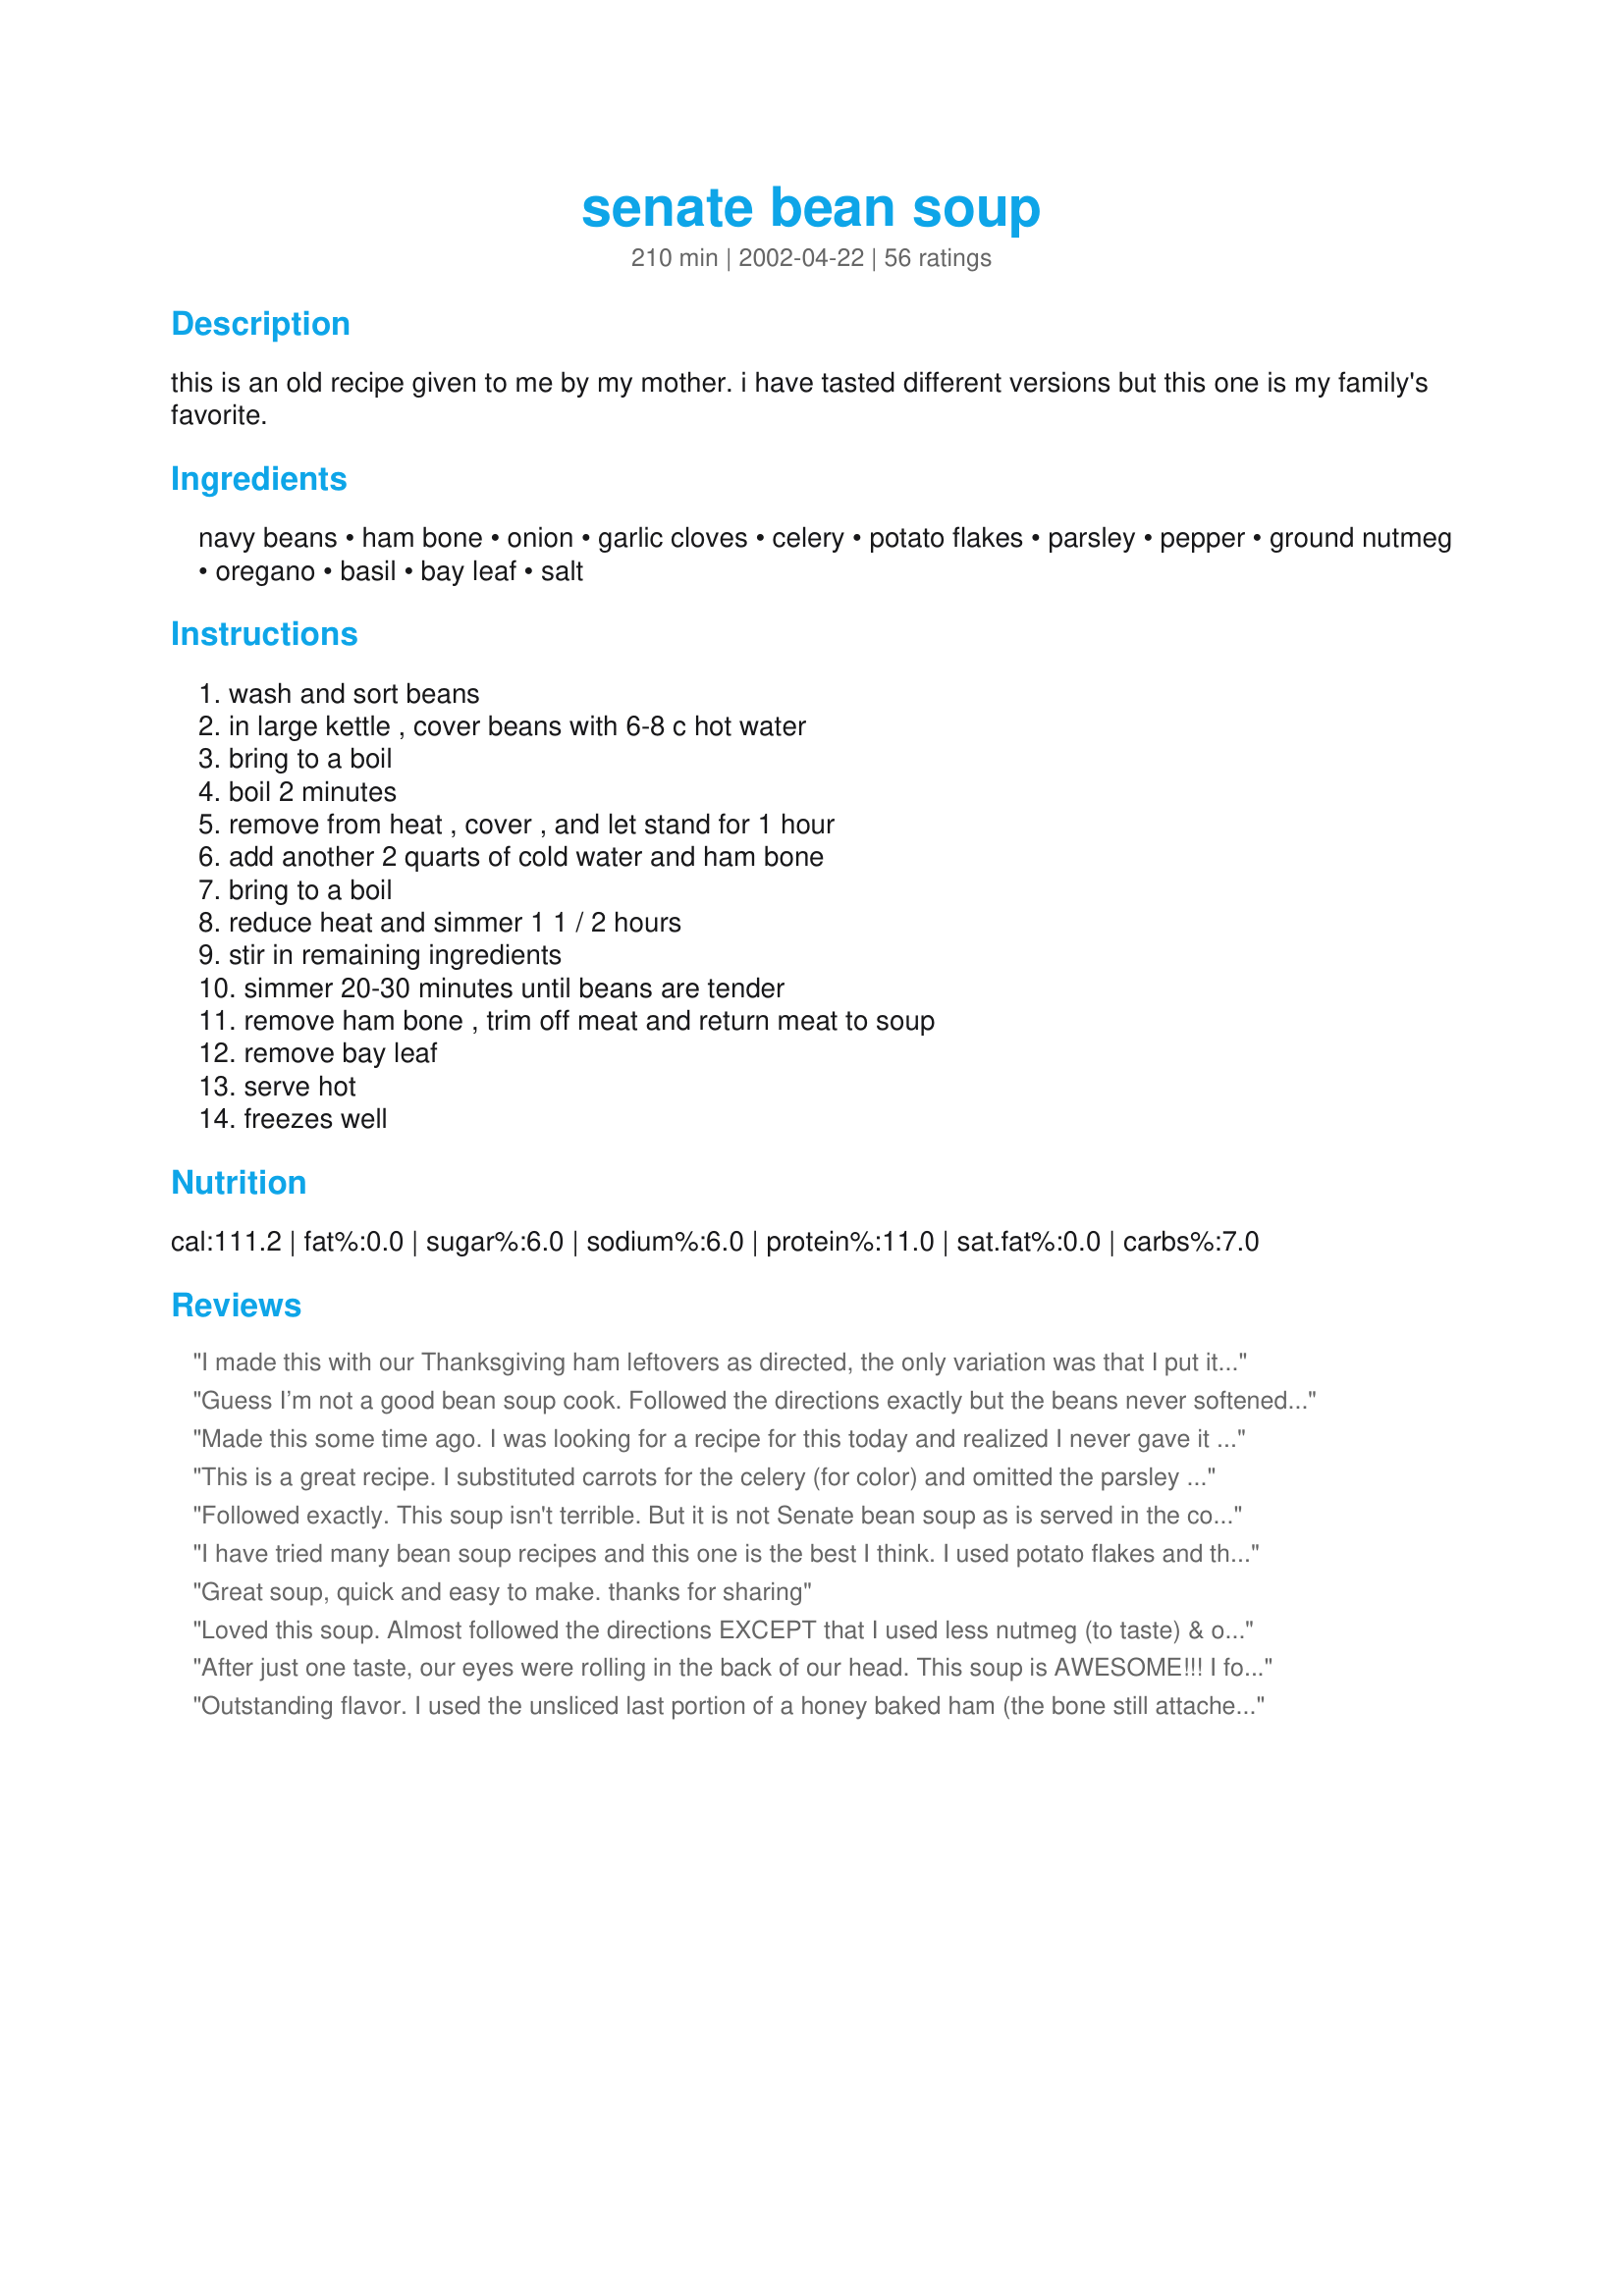
senate bean soup
Preparation time: 210 minutes

this is an old recipe given to me by my mother. i have tasted different versions but this one is my family's favorite.

Ingredients:
navy beans, ham bone, onion, garlic cloves, celery, potato flakes, parsley, pepper, ground nutmeg, oregano, basil, bay leaf, salt

Steps:
wash and sort beans, in large kettle , cover beans with 6-8 c hot water, bring to a boil, boil 2 minutes, remove from heat , cover , and let stand for 1 hour, add another 2 quarts of cold water and ham bone, bring to a boil, reduce heat and simmer 1 1 / 2 hours, stir in remaining ingredients, simmer 20-30 minutes until beans are tender, remove ham bone , trim off meat and return meat to soup, remove bay leaf, serve hot, freezes well

Reviews:
I made this with our Thanksgiving ham leftovers as directed, the only variation was that I put it in the crockpot. Not sure as to why but this really didn't agree with our tastebuds, the soup itself wasn't bad...just not for us! Thanks for giving us another recipe to try!
Guess I’m not a good bean soup cook. Followed the directions exactly but the beans never softened enough. Slightly crunchy. Going to continue simmering for the rest of the day or until they soften. If that never happens i guess i’ll throw it all out.
Made this some time ago. I was looking for a recipe for this today and realized I never gave it it's due. Awesome soup and I am looking forward to using my left over Easter ham. Thanks for posting.
This is a great recipe. I substituted carrots for the celery (for color) and omitted the parsley and potato flakes. I also added cayenne pepper. If you mash some of the beans that should get it to the proper consistency. The house smells fantastic while this is cooking.
Followed exactly. This soup isn't terrible. But it is not Senate bean soup as is served in the congressional cafeteria every day. The spices are way off. I was disappointed.
I have tried many bean soup recipes and this one is the best I think. I used potato flakes and the result was a very creamy texture. The ham flavor made me drool. A top-notch comfort food for sure. Thanks Nurse Di.
Great soup, quick and easy to make. thanks for sharing
Loved this soup. Almost followed the directions EXCEPT that I used less nutmeg (to taste) & only used 1/2 c of the potato flakes... I suspect it might be wiser to use left over cooked potatoes. When everything was added (after the beans & ham simmered for 1 1/2 hours), the soup got VERY THICK immediately & required constant stirring until the veggies cooked to keep from sticking to the bottom of the pot. Next time I make this recipe if I'm using potato flakes, I'll WAIT to add the potato flakes until the last 5-10 minutes of simmer time at the very end. IMO this will allow the spices blend better/faster when adjusting the "salt & nutmeg to taste"... & spare the beans and veggies the stirring needed to keep from having sticking on the bottom of the pot.
After just one taste, our eyes were rolling in the back of our head. This soup is AWESOME!!! I followed your directions to a tee. I definitely agree, the secret is in the ham bone. The soup had such a soothing and comforting effect on both my husband and me. Thanks Nurse Di.
Outstanding flavor. I used the unsliced last portion of a honey baked ham (the bone still attached) which had a lot of meat,and I also used all fresh herbs. We like it just a little thicker, so next time will add a little less water in step 3. We're still enjoying the leftovers. Thanks for posting a great recipe!
I've never made bean soup because I don't care for it. My boss' husband gave me a huge grocery bag full of navy bean fresh off the combine, so I figured I would give it a shot. DH gave it a very enthusiastic 5 stars, saying it is better than his dad's bean soup (ssshhhh!!). His partner at work gave it 6 stars, saying it is even better than the Fairgrove Bean Festival soup (which is apparently a VERY big deal)! It made the house smell wonderful while it was cooking. I made exactly as directed, but added some extra diced ham. I even tried it and I must say it was pretty good! This recipe may just have made me a bean soup eater! Thanks for posting.
This was very good. Reminded me of my mom's altho she didn't use potatoes....I like the way they thickened the soup. Served this with some hot corn bread, and we were in southern heaven!
This is a keeper for sure! Used a meaty bone from our Easter ham.
Made exactly as the recipe specified with on small change...used great northern beans. We loved it. Thanks Di.
I've been making this soup for years and though the ingredients here differ slightly (from mine) it still yields a wonderfully flavored bean soup.
I thought this was terrible, maybe because I couldn&#039;t find a ham bone and just used diced ham, anyway I threw it all out, waste of money.
Very good soup but a little too much basil for our tastes. Next time will reduce the basil to 1/2 teaspoon.
This was absolutely wonderful. Smells great cooking, tastes even better. I couldn't find a ham bone, so I used one of those packages of ham cubes (real ham, just cut in cubes). Still tasted awesome.
I've been trying for years to replicate an excellent Senate bean soup I had in a restaurant and not only did I replicate, I improved it! I'm a 'soak the beans overnight' kind of person so I did that in place of the boiling step. I used a locally smoked ham hock and then added some leftover ham scraps when adding the meat from the hock. Also, I started it kind of early and let it simmer on the back of the stove so I probably cooked for about 4 hours total and I mashed the beans down a bit with a potato masher, which adds to the creaminess. I read some of the comments from people who said they had sticking issues with the potatoes so I added the potato flakes after I removed the ham hock and then just stirred every once in a while and it was fine, no sticking. I do like to remove the ham hock, or bone, before adding lots of the major ingredients because it seems that the removal of that bone sucks some of the veggies and stuff along with it. BUT, I don't like to remove it too soon because it's an integral part of the flavor in the soup. Anyway, I made a really good pot of soup on this snowy afternoon (yes, it's April but it snowed here) and my husband got the warm fuzzies from it and went to sleep and for that, I thank you very much for this excellent recipe :)
Excellent soup ~ Hearty, satisfying, and even better the next day! Mine was cooked in a crockpot, with the potato flakes, nutmeg, oregano, and basil added just a few minutes before serving time. Having used the full 8 cups of water I doubled the potato flakes for a nice thick-bodied soup. And I omitted parsley and reduced the nutmeg to 1/4 teaspoon. Note: For best flavor do not skimp on the salt ~ I used 1 1/2 teaspoons. Thanks NurseDi for posting!
Delicious! My mother, who is the expert cook in our house, tasted it at my home and asked to take some home with her. She raved about it later and asked me for the recipe. She NEVER asks me for MY recipes, it is always the other way around. This is a wonderful comfort food. Thank you for the recipe.
Really hoped it was going to be different from any other bean soup but was disappointed. Was bland & overly peppered. Recipe calls for 1 1/2 t, I only used 1 t and still most of the flavor came from the pepper.
The only thing I did different was cook in a crockpot.
Excellent bean soup withgreat flavor. Followed the recipe as stated and wouldn't change a thing. Thank you NurseDi for sharing the recipe.
The best soup I have made. Wonderful taste. I put chopped carrots in it for a little color. Just keep it simmering all day and it gets better with time.
I am making this soup at this very minute. My house smells incredible and the soup base is delicious....giving this recipe to all my friends!!!
This is about as good as it gets! 
The spice combination is fantastic. I doubled the recipe and am glad I did.
Wonderful soup! I never would have thought to put nutmeg in it, and it's very good, thanks for the recipe!
My husband didn't like this soup as much as I did until he added ketchup to his bowl...ewwww! He lost his right to vote; I mean, come on, ketchup? I am giving it five stars as I think it has a wonderful taste especially with the addition of the nutmeg. It gets even better overnight. Will make this again and hide the ketchup :)
Thanks for posting the recipe.
I have made this soup twice since finding this recipe site. We think it is the best and I have tried quite a few bean soup recipes. So creamy and thick. I used the ham bone but it wasn't all that meaty so I added some chopped up leftover ham. Wonderful and thanks for sharing this recipe.
My first run with this I couldn't find my nutmeg. I added it later and, WOW! This has great flavor. My family cleaned our ham bone pretty well but this was a great way to get a second use of the bone. I will definitely keep this recipe on hand for future use.
Hey There~
Loved Your Soup-MUCH better than mine! I used the mashed potato option, and reduced the nutmeg to 1/4 t. as my fiance dosnt care for it to much. I pureed 1/4 of the mixture before serving. This is now my new "what to do with the ham bone" recipe!
Thanks for posting,
Di
Made this a couple of weeks ago & followed the recipe except I put a couple of cups of diced potatoes in because I don't buy instant mashed potatoes. I usually mash my beans a little anyway, so I just mashed the potatoes in the soup with the beans, I do also add about half a cup of small-dice carrots for both color and nutrition. Anyway, the soup is delicious, and my husband has me making a huge pot of it again today! I think the herbs/spices are just perfect! Thanks for posting ratherbeswimmin'!!
I keep kosher so I used beef neck bones - I have no idea how it compares to a ham bone, but I get the impression a ham bone would've given it more flavor. I found it bland, so I added the juice from the pot roast cooking right next to it on the stove.
I have wanted to make this for a long time, but didn't because I didn't have a ham bone. I recently discovered that you can purchase them at the grocery store. So, having obtained the sacred ham bone, I made this incredible soup. The flavor is unbelievable. I added some extra chunks of chopped ham because we like it so much. Great creamy texture and full of tender beans. This is one heckuva soup recipe you've got here.
Wanted something different from the usual Yankee Bean Soup, and this fit the bill! Thanks for the great recipe; terrific blend of seasonings to go with the ham, bean, and potato combination.
That was fantastic! I had to substitute ham hocks for the ham bone and I threw in 1/4 teaspoon Old Bay seasoning and it came out great. Leftovers are going to friends at our church.
Good soup recipe, especially when you have an extra ham bone laying around! I had to cook my soup for much longer than the directions called for to get the beans soft.
We liked this. I think next time tho I will double the beans as we like more. I added more instant potato flakes to get a thicker consistance just because I could tell we would like it better from the way it looked. Will make again. Thank you!
This was excellent! I made due with what I had on hand so no ham bone went into the pot. I tossed in about 1 1/2 pounds of Smithfield Center Cut Ham. I’m certain that a ham bone would’ve made this even better than it was but I was too busy to go to the store. (I’ll use one next time though). I used a 48 oz jar of Randall’s beans to speed things up . To get it as thick as I like I used about 2 or 3 heaping teaspoons of cornstarch in a sippy-cup of water. Everything else I followed to the letter and it was wonderful! I’m sure it will be even better tomorrow. I’ll be making this during the winter, thanks to you, NurseDi.

WOW!!...deeeelicousssss...best recipe yet that I've found for Bean Soup, bar none!!
I made this recipe a few years ago, and then forgot where I got it from. Thank goodness I found it again. This is the best bean soup ever. People that don't like bean soup love this . Canefan1947
I have dubbed this "Herby Senate Bean Soup." It is delicious and the herbs and nutmeg make an amazing difference in taste! (The version I grew up with has only salt, pepper and lots of parsley.) I like slightly larger beans so used great northern rather than navy beans, and 4 medium smoked ham hocks--that yielded quite a bit of meat. Thanks for posting this recipe!
Enjoyed this recipe very much... used a ham steak in place of the bone, which worked out well...loved the spice combination in this...thanks for sharing.
This is the best!! I followed your directions exactly and wouldn't change a thing. The beans were very tender. The soup was rich and creamy and had the most wonderful ham flavor. The ham bone really makes a difference. Thanks Nurse Di.
Love this soup! Perfectly seasoned and healthy to boot! This will be a regular at our house. I used mashed potatoes as I didn't have instant and it worked great. 2 ham hocks is the perfect amount, in my opinion. Thanks for sharing this delicious recipe!
EXCELLENT...I got a HoneyBaked Ham bone and made a broth while the beans cooked. The ham broth was strained and I cooled in the fridge and removed most of the fat. The broth was added to the beans with about a cup of chicken broth.
I love this recipe! I originally got it from the Templeton, IA Centennial cook book (1882-1982). Great recipe, thanks for posting.
Delicious. Nice balance of flavors, hearty and satisfying. Wonderful winter comfort food. Freezes well too, making this a great candidate for OAMC. Served with crusty bread and spinach salad for a balanced meal. Thanks for sharing.
Diane
The proportions for water are completely off in this recipe. You must have meant either to drain the soaking water OR to add 2 cups, not 2 quarts, of water later. I made it as directed--watery, tasteless, a waste of money. So I added more flavor, which sadly meant a lot of salt, to make it edible. I will make again and significantly decrease the water.
We love our soups. And this is just another great recipezaar soup recipe, we will make time and again. I used ham soup bouillion base for flavoring. And used a leftover leek for the onion,wonderful flavor.NurseDi you did it again... Thank U for this recipe,as well as others of yours I've tried.......
I used large lima beans and added some carrots as well. Good stuff! Made in the crock. Thanks.
AWESOME!!! Best bean soup ever. I used 3 cans of white kidney beans because I didn't want to wait a day. Freezes beautifully.
Oh MY!!! I thought I had made Senate Bean Soup many many times before. I thought I had made wonderful bean soup for decades. This is absolutely one of the best soups I''ve ever made, and I make a lot of soup. I was leary of the addition of nutmeg and other spices, but it was delicious! I made it in my Nesco, and did add some water from time to time, and cut down a little on the spices, but will make this again and again! Didn't even need to add potato flakes or smash some of the beans. Perfect!
My family found this a little bland and on the thin side. Maybe it was my mistake. Was I supposed to drain the beans after cooking them, before adding the additional 2 quarts of water?
Followed the recipie exactly and I agree something is wrong with amount of liquid. Very watery, not creamy. Also too much pepper. I would not make again.
I may try this again but with the addition of a carrot, or maybe something acidic. DH and I both thought it was missing something and found it bland. I loved the addition of nutmeg. Thanks for posting the recipe.
This was good. I doubt I will make again as my husband couldn't get over the fact it wasnt regular ham and beans. i liked the navy beans in it. Thanks!1
